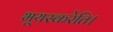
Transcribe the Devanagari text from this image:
भूयस्करेति।